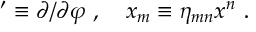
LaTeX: ' \equiv \partial / \partial \varphi \ , \quad x _ { m } \equiv \eta _ { m n } x ^ { n } \ .